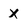
Character: X